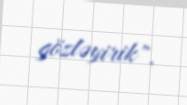
gözləyirik".